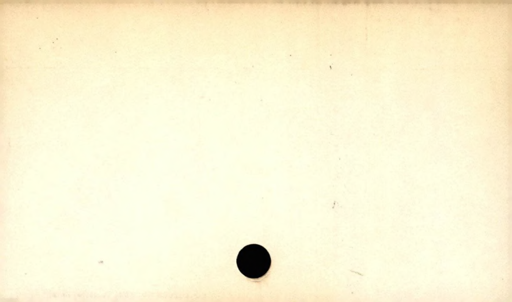
Label: divider